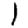
Digit: 1